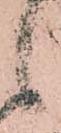
候